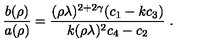
\left. \frac { b ( \rho ) } { a ( \rho ) } = \frac { ( \rho \lambda ) ^ { 2 + 2 \gamma } ( c _ { 1 } - k c _ { 3 } ) } { k ( \rho \lambda ) ^ { 2 } c _ { 4 } - c _ { 2 } } \right. .